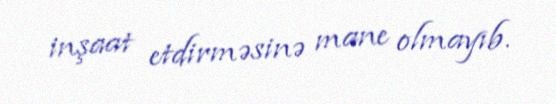
inşaat etdirməsinə mane olmayıb.